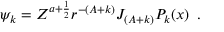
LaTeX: \psi _ { k } = Z ^ { a + \frac { 1 } { 2 } } r ^ { - ( A + k ) } J _ { ( A + k ) } P _ { k } ( x ) \, \, \, .